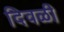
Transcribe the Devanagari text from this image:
दिवळी